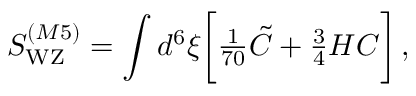
S _ { \mathrm { W Z } } ^ { ( M 5 ) } = \int d ^ { 6 } \xi \biggl [ { \textstyle { \frac { 1 } { 7 0 } } } \tilde { C } + { \textstyle { \frac { 3 } { 4 } } } { \cal H } C \biggr ] \, ,